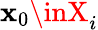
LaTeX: \mathbf{x}_{0}\inX_{i}